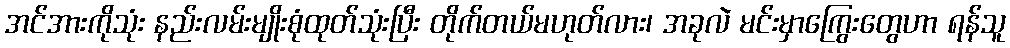
အင်အားကိုသုံး နည်းလမ်းမျိုးစုံထုတ်သုံးပြီး တိုက်တယ်မဟုတ်လား၊ အခုလဲ မင်းမှာကြွေးတွေဟာ ရန်သူ